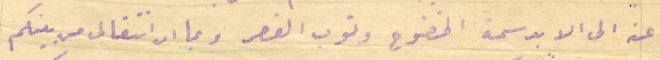
عنه الى الابد سمة الخضوع وتوب القصر وبما ان انتقالى من بينكم